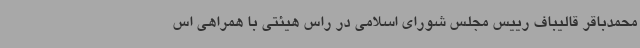
محمدباقر قالیباف رییس مجلس شورای اسلامی در راس هیئتی با همراهی اس